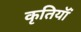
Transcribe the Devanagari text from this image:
कृतियॉं